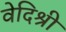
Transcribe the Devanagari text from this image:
वेदिश्री